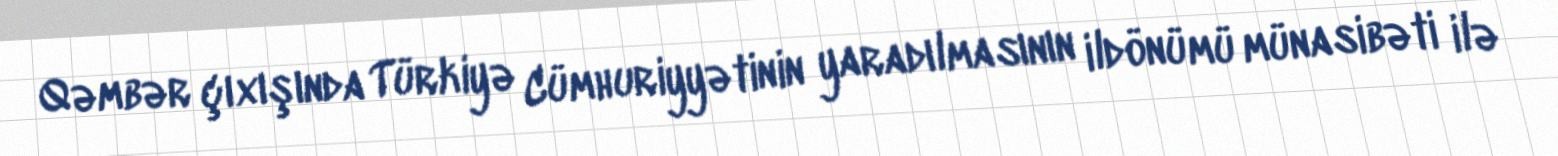
Qəmbər çıxışında Türkiyə Cümhuriyyətinin yaradılmasının ildönümü münasibəti ilə